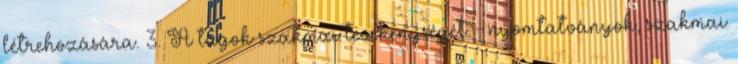
létrehozására. 3. A tagok szakmai tevékenységét - nyomtatványok, szakmai